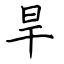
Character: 旱